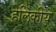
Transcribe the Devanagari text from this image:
हेलिकीय